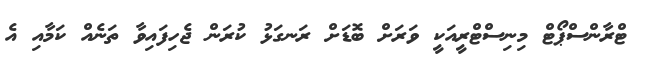
ޓްރާންސްޕޯޓް މިނިސްޓްރީއަކީ ވަރަށް ބޮޑަށް ރަނގަޅު ކުރަން ޖެހިފައިވާ ތަނެއް ކަމާއި އެ